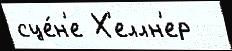
сце́н'е Х'еллн'ер